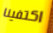
اكتفينا